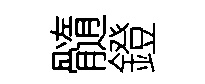
髓鐙